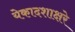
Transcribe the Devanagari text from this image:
येकादशाक्षरे